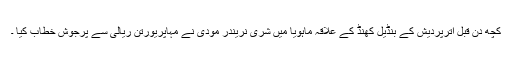
کچھ دن قبل اُترپردیش کے بنڈیل کھنڈ کے علاقہ ماہویا میں شری نریندر مودی نے مہاپریورتن ریالی سے پرجوش خطاب کیا ۔